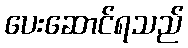
ပေးဆောင်ရသည်